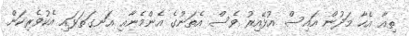
ތިއާ އެހާ މަދުން އައިސް އުޅޭއިރު ވެސް އެތަނުގެ އެންމެނާއި އަނގަތަޅައި އެކުވެރިކަން